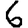
Digit: 6